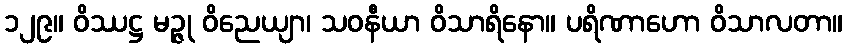
၁၂၉။ ဝိဿဋ္ဌ မဉ္ဇု ဝိညေယျာ၊ သဝနီယာ ဝိသာရိနော။ ပရိဏာဟော ဝိသာလတာ။